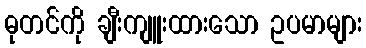
ဓုတင်ကို ချီးကျူးထားသော ဥပမာများ